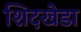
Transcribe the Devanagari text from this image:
शिदखेडा